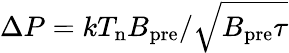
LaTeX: \Delta P=kT_{\mathrm{n}}B_{\mathrm{pre}}/\sqrt{{B_{\mathrm{pre}}}\tau}